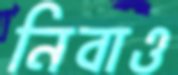
নিবাও